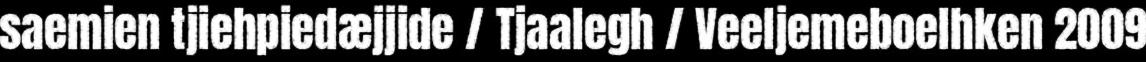
saemien tjiehpiedæjjide / Tjaalegh / Veeljemeboelhken 2009